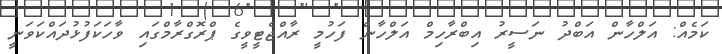
ކަމެއް: އަލްހާން އަބްދު ނަސީރު އިބްރާހިމް އަލްހާން ފަހުމީ ރާއްޖެޓީވީގެ ޕްރޮގްރާމްގައި ވާހަކަފުޅުދައްކަވަނީ